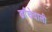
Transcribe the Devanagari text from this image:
ढाँचेवाली